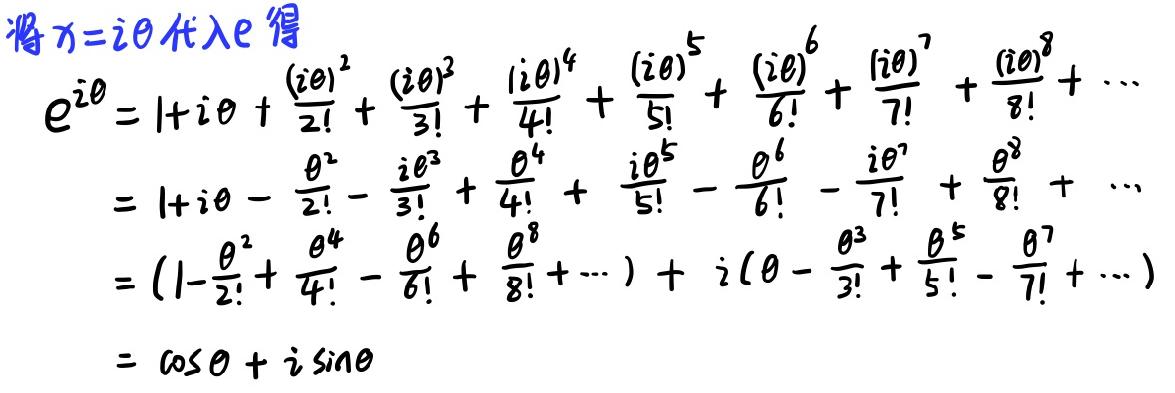
将 \(x = i\theta\) 代入 \(e^x\) 得
\begin{align*}
e^{i\theta}&=1 + i\theta+\frac{(i\theta)^2}{2!}+\frac{(i\theta)^3}{3!}+\frac{(i\theta)^4}{4!}+\frac{(i\theta)^5}{5!}+\frac{(i\theta)^6}{6!}+\frac{(i\theta)^7}{7!}+\frac{(i\theta)^8}{8!}+\cdots\\
&=1 + i\theta-\frac{\theta^2}{2!}-\frac{i\theta^3}{3!}+\frac{\theta^4}{4!}+\frac{i\theta^5}{5!}-\frac{\theta^6}{6!}-\frac{i\theta^7}{7!}+\frac{\theta^8}{8!}+\cdots\\
&=(1-\frac{\theta^2}{2!}+\frac{\theta^4}{4!}-\frac{\theta^6}{6!}+\frac{\theta^8}{8!}+\cdots)+i(\theta-\frac{\theta^3}{3!}+\frac{\theta^5}{5!}-\frac{\theta^7}{7!}+\cdots)\\
&=\cos\theta + i\sin\theta
\end{align*}